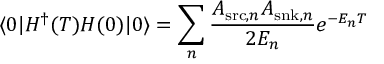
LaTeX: \langle 0 | H ^ { \dag } ( T ) H ( 0 ) | 0 \rangle = \sum _ { n } \frac { A _ { \mathrm { s r c } , n } A _ { \mathrm { s n k } , n } } { 2 E _ { n } } e ^ { - E _ { n } T }